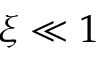
\xi \ll 1